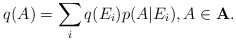
\begin{align*}q(A)=\sum_iq(E_i)p(A|E_i), A \in \bf{A}.\end{align*}